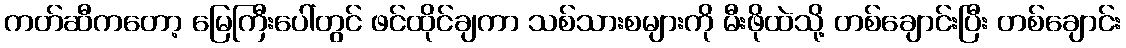
ကတ်ဆီကတော့ မြေကြီးပေါ်တွင် ဖင်ထိုင်ချကာ သစ်သားစများကို မီးဖိုထဲသို့ တစ်ချောင်းပြီး တစ်ချောင်း